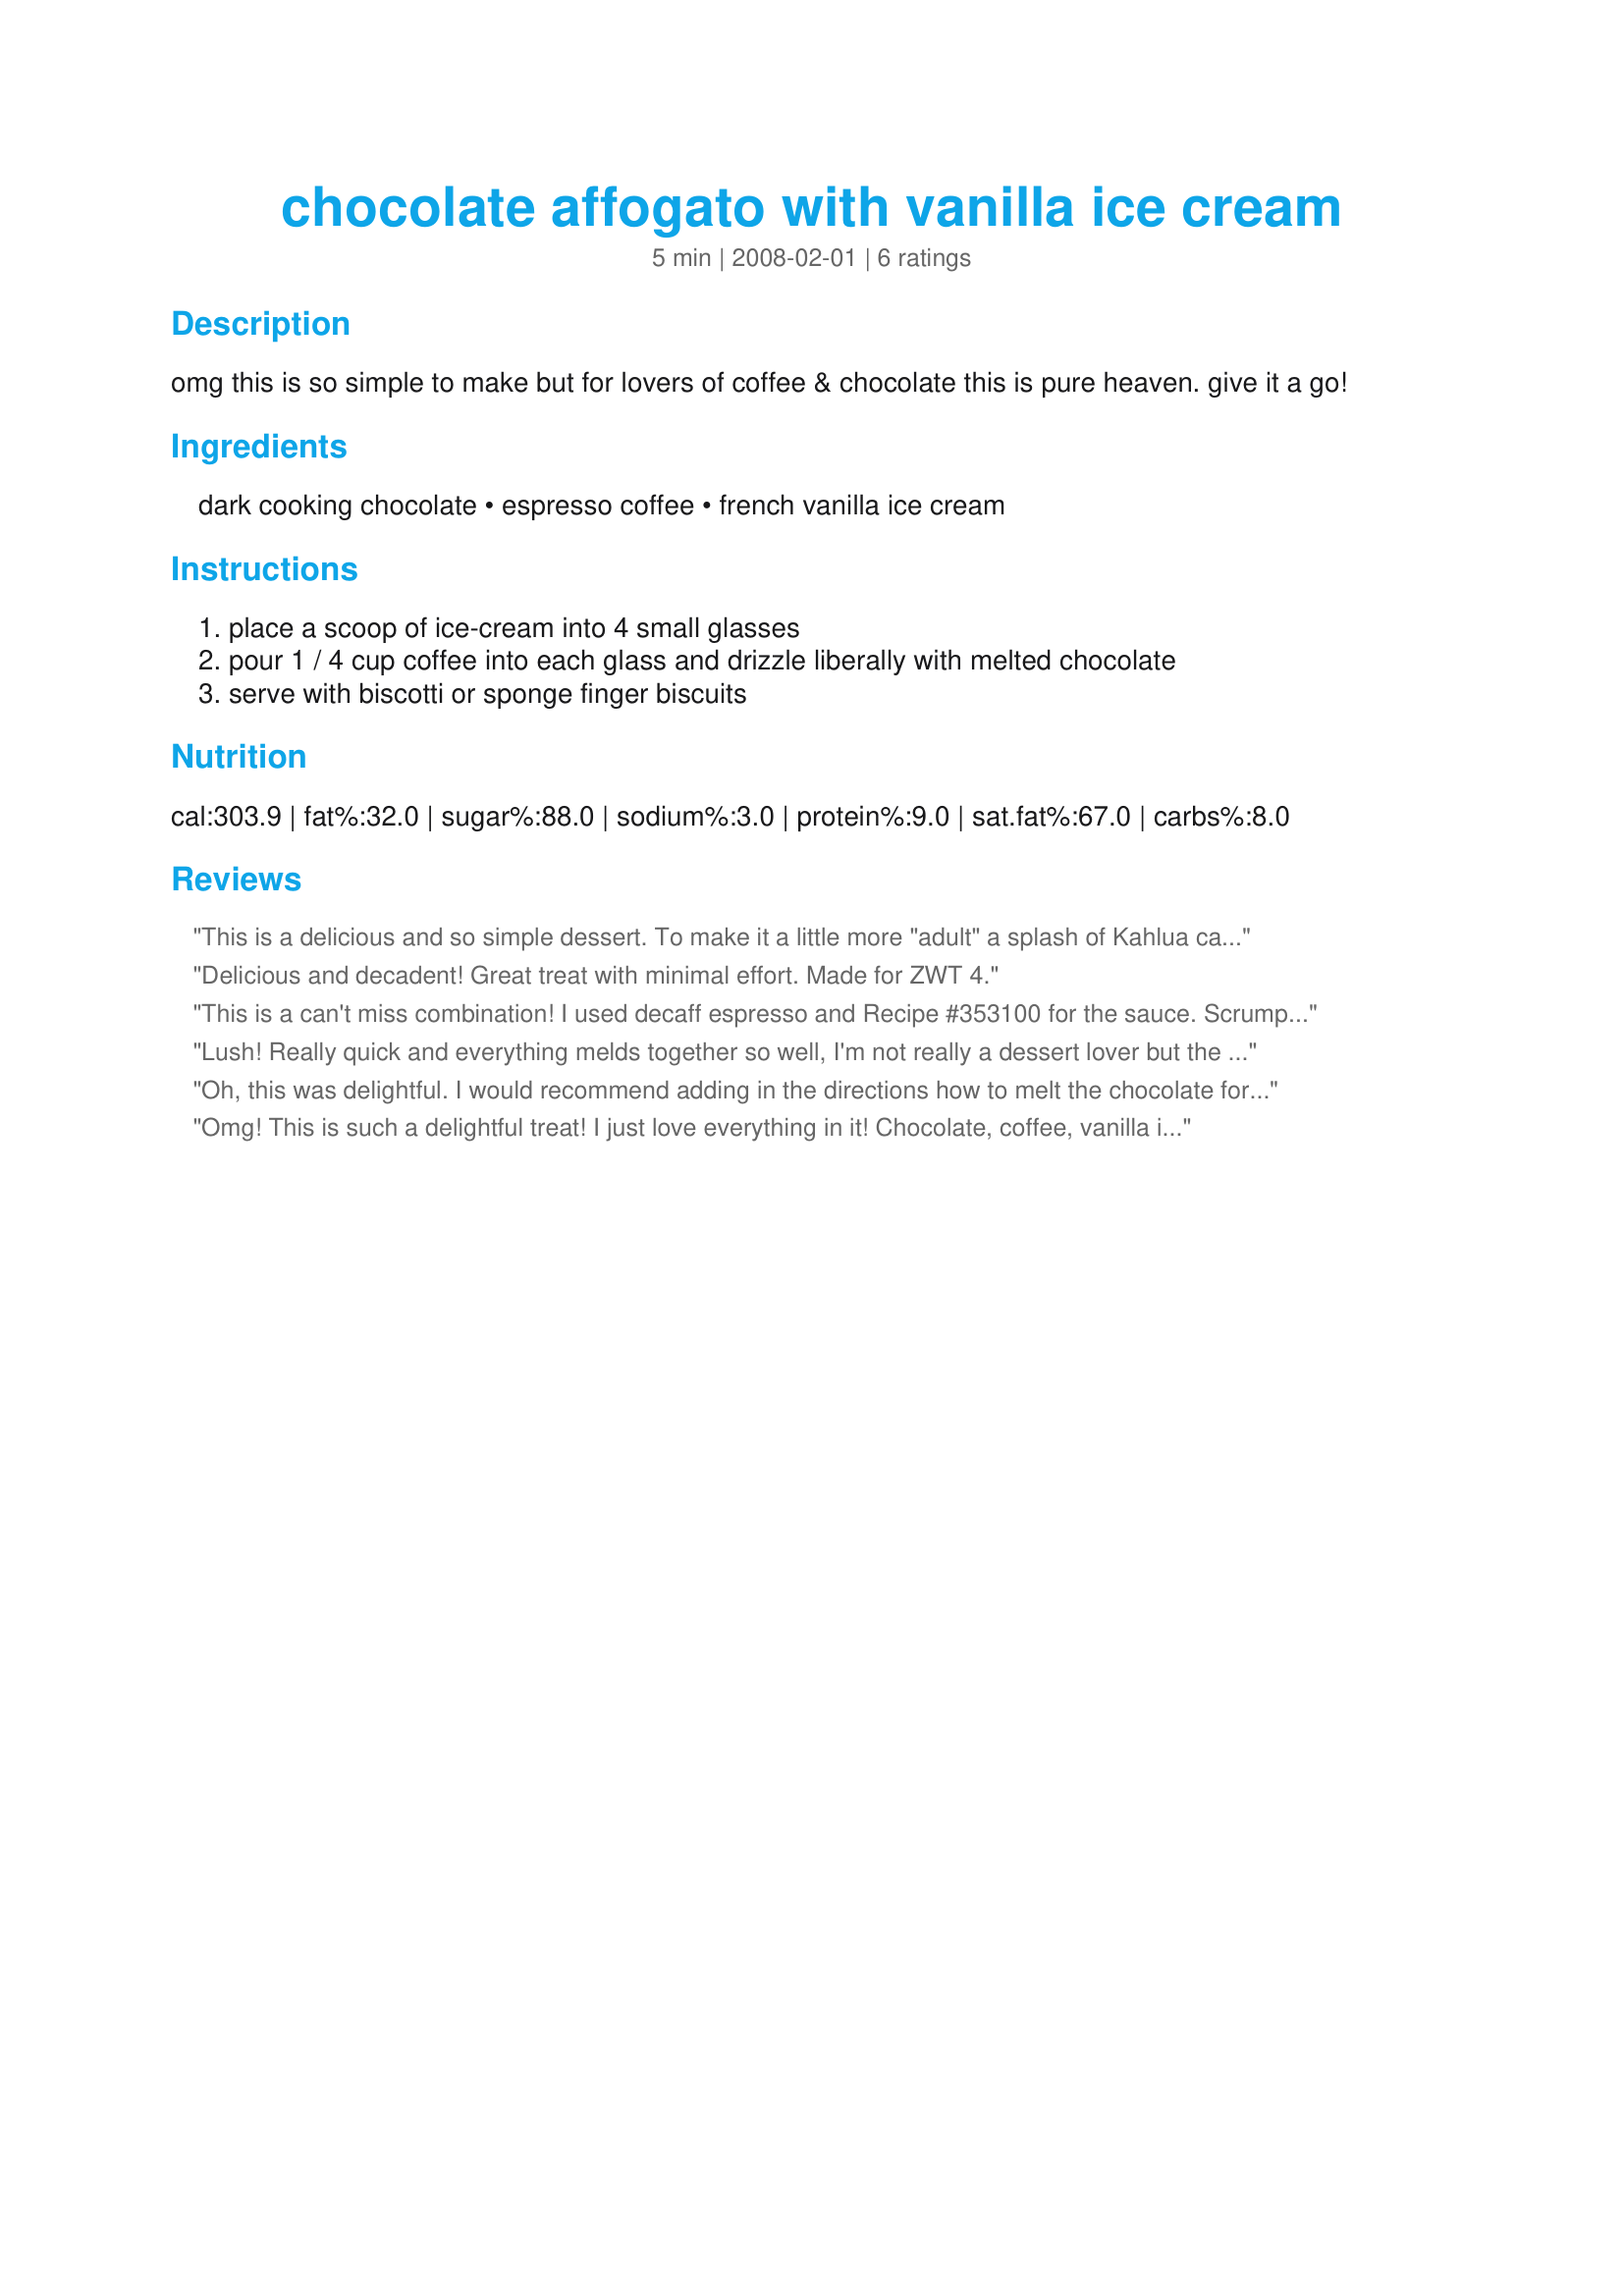
chocolate affogato with vanilla ice cream
Preparation time: 5 minutes

omg this is so simple to make but for lovers of coffee & chocolate this is pure heaven. give it a go!

Ingredients:
dark cooking chocolate, espresso coffee, french vanilla ice cream

Steps:
place a scoop of ice-cream into 4 small glasses
pour 1 / 4 cup coffee into each glass and drizzle liberally with melted chocolate
serve with biscotti or sponge finger biscuits

Reviews:
This is a delicious and so simple dessert. To make it a little more "adult" a splash of Kahlua can be added in addition to the espresso and chocolate!
Delicious and decadent! Great treat with minimal effort. Made for ZWT 4.
This is a can't miss combination! I used decaff espresso and Recipe #353100 for the sauce. Scrumptious! Made for Best of 2010 Tag.<br/>.
Lush! Really quick and everything melds together so well, I'm not really a dessert lover but the espresso gave it a wonderful depth and really finished it all off.
Oh, this was delightful. I would recommend adding in the directions how to melt the chocolate for beginners and I would also remind slow people like myself to let the espresso cool before pouring it over the ice cream (yes, I KNEW better...)
It was JUST what I was in the mood for, decadent but easy. Thanks for this wonderful recipe. (I will now whip the melted one up in the blender for a snack tomorrow, ha, ha)
Omg! This is such a delightful treat! I just love everything in it! Chocolate, coffee, vanilla ice cream..my oh my! So what if my melted chocolate didn't look like it was liquid, it was melted! lol I just spooned it over the Bellissimo vanilla ice cream I had which had chocolate bits in it. Then it hardened with the ice cream giving chunks of delicious chocolate in my affogato (mng drowned coffee dessert) Soo good! And quick to make too! Thanks, Mandy! Made for WZT4.
